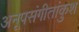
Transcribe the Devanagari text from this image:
अनूपसंगीतांकुश